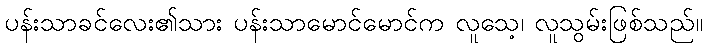
ပန်းသာခင်လေး၏သား ပန်းသာမောင်မောင်က လူသေ့၊ လူသွမ်းဖြစ်သည်။